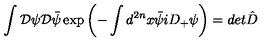
\int { \cal D } \psi { \cal D } \bar { \psi } \exp { \left( - \int d ^ { 2 n } x \bar { \psi } i D _ { + } \psi \right) } = d e t \hat { D }